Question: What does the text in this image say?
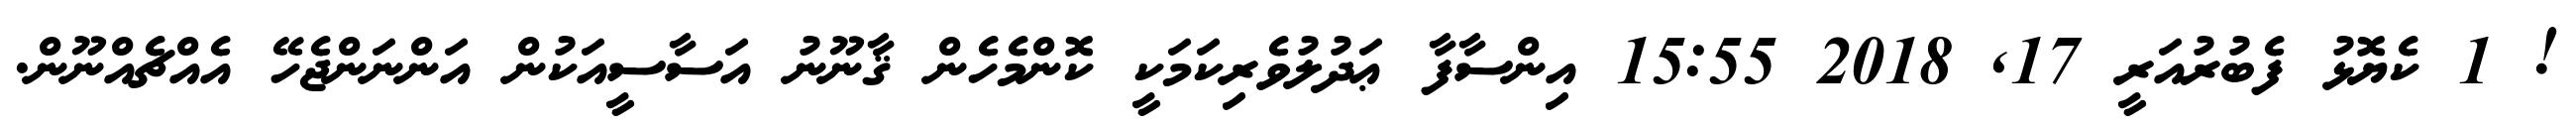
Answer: ! 1 ކެޔޮޅު ފެބުރުއަރީ 17, 2018 15:55 އިންސާފާ ޢަދުލުވެރިކަމަކީ ކޮންމެހެން ޤާނޫނު އަސާސީއަކުން އަންނަންޖެހޭ އެއްޗެއްނޫން.